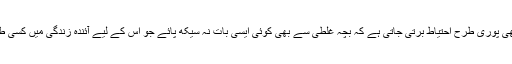
اسی طرح دیگر مضامین میں بھی پوری طرح احتیاط برتی جاتی ہے کہ بچہ غلطی سے بھی کوئی ایسی بات نہ سیکھ پائے جو اس کے لیے آئندہ زندگی میں کسی طرح بھی مفید ثابت ہو سکتی ہو۔